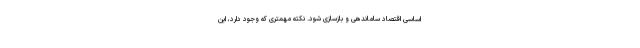
اساسی اقتصاد ساماندهی و بازسازی شود. نکته مهمتری که وجود دارد، این